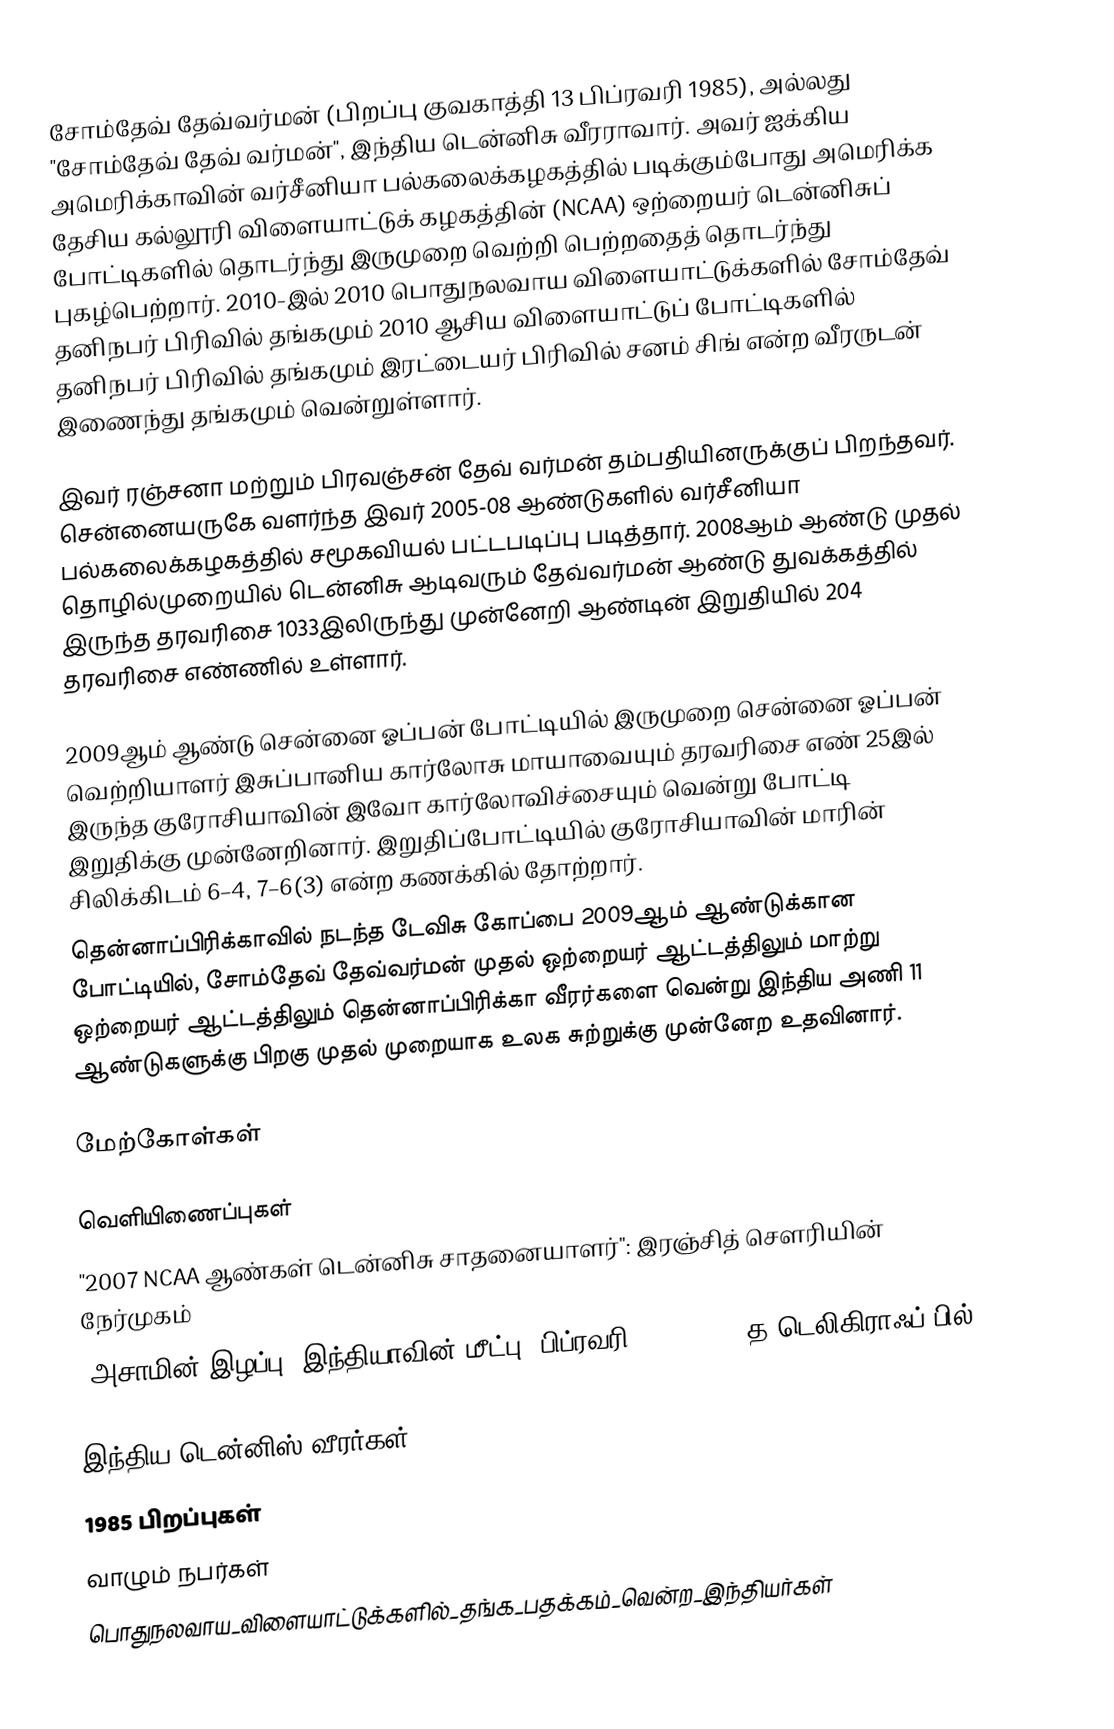
சோம்தேவ் தேவ்வர்மன் (பிறப்பு குவகாத்தி 13 பிப்ரவரி 1985), அல்லது "சோம்தேவ் தேவ் வர்மன்", இந்திய டென்னிசு வீரராவார். அவர் ஐக்கிய அமெரிக்காவின் வர்சீனியா பல்கலைக்கழகத்தில் படிக்கும்போது அமெரிக்க தேசிய கல்லூரி விளையாட்டுக் கழகத்தின் (NCAA) ஒற்றையர் டென்னிசுப் போட்டிகளில் தொடர்ந்து இருமுறை வெற்றி பெற்றதைத் தொடர்ந்து புகழ்பெற்றார். 2010-இல் 2010 பொதுநலவாய விளையாட்டுக்களில் சோம்தேவ் தனிநபர் பிரிவில் தங்கமும் 2010 ஆசிய விளையாட்டுப் போட்டிகளில் தனிநபர் பிரிவில் தங்கமும் இரட்டையர் பிரிவில் சனம் சிங் என்ற வீரருடன் இணைந்து தங்கமும் வென்றுள்ளார்.

இவர் ரஞ்சனா மற்றும் பிரவஞ்சன் தேவ் வர்மன் தம்பதியினருக்குப் பிறந்தவர். சென்னையருகே வளர்ந்த இவர் 2005-08 ஆண்டுகளில் வர்சீனியா பல்கலைக்கழகத்தில் சமூகவியல் பட்டபடிப்பு படித்தார். 2008ஆம் ஆண்டு முதல் தொழில்முறையில் டென்னிசு ஆடிவரும் தேவ்வர்மன் ஆண்டு துவக்கத்தில் இருந்த தரவரிசை 1033இலிருந்து முன்னேறி ஆண்டின் இறுதியில் 204 தரவரிசை எண்ணில் உள்ளார்.

2009ஆம் ஆண்டு சென்னை ஓப்பன் போட்டியில் இருமுறை சென்னை ஓப்பன் வெற்றியாளர் இசுப்பானிய கார்லோசு மாயாவையும்  தரவரிசை எண் 25இல் இருந்த குரோசியாவின் இவோ கார்லோவிச்சையும் வென்று போட்டி இறுதிக்கு முன்னேறினார். இறுதிப்போட்டியில் குரோசியாவின் மாரின் சிலிக்கிடம் 6–4, 7–6(3) என்ற கணக்கில் தோற்றார்.
தென்னாப்பிரிக்காவில் நடந்த டேவிசு கோப்பை 2009ஆம் ஆண்டுக்கான போட்டியில், சோம்தேவ் தேவ்வர்மன் முதல் ஒற்றையர் ஆட்டத்திலும் மாற்று ஒற்றையர் ஆட்டத்திலும் தென்னாப்பிரிக்கா வீரர்களை வென்று இந்திய அணி 11 ஆண்டுகளுக்கு பிறகு முதல் முறையாக உலக சுற்றுக்கு முன்னேற உதவினார்.

மேற்கோள்கள்

வெளியிணைப்புகள்
 "2007 NCAA ஆண்கள் டென்னிசு சாதனையாளர்": இரஞ்சித் சௌரியின் நேர்முகம்
 "அசாமின் இழப்பு, இந்தியாவின் மீட்பு" பிப்ரவரி, 02, 2007 "த டெலிகிராஃப்"பில்

இந்திய டென்னிஸ் வீரர்கள்
1985 பிறப்புகள்
வாழும் நபர்கள்
பொதுநலவாய_விளையாட்டுக்களில்_தங்க_பதக்கம்_வென்ற_இந்தியர்கள்